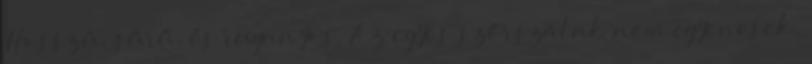
Hosszú, sűrű, és ruganyos. Az egyes szőrszálak nem egyenesek,